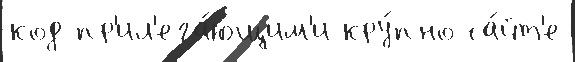
код пр'ил'ега́ющим'и кру́пно са́йт'е